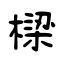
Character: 樑